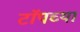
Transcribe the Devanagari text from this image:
टाॅपच्या